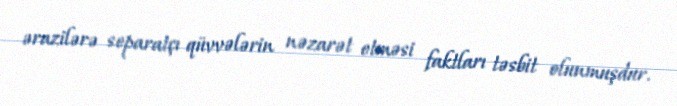
ərazilərə separatçı qüvvələrin nəzarət etməsi faktları təsbit olunmuşdur.